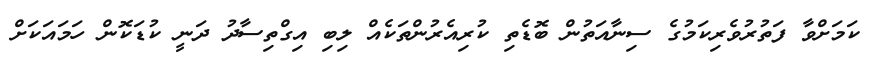
ކަމަށްވާ ފަތުރުވެރިކަމުގެ ސިނާއަތުން ބޮޑެތި ކުރިއެރުންތަކެއް ލިބި އިގްތިސާދު ދަނީ ކުޑަކޮން ހަމައަކަށް